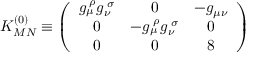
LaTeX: K _ { M N } ^ { ( 0 ) } \equiv \left( \begin{array} { c c c } { { g _ { \mu } ^ { \; \rho } g _ { \nu } ^ { \; \sigma } } } & { { 0 } } & { { - g _ { \mu \nu } } } \\ { { 0 } } & { { - g _ { \mu } ^ { \; \rho } g _ { \nu } ^ { \; \sigma } } } & { { 0 } } \\ { { 0 } } & { { 0 } } & { { 8 } } \end{array} \right)